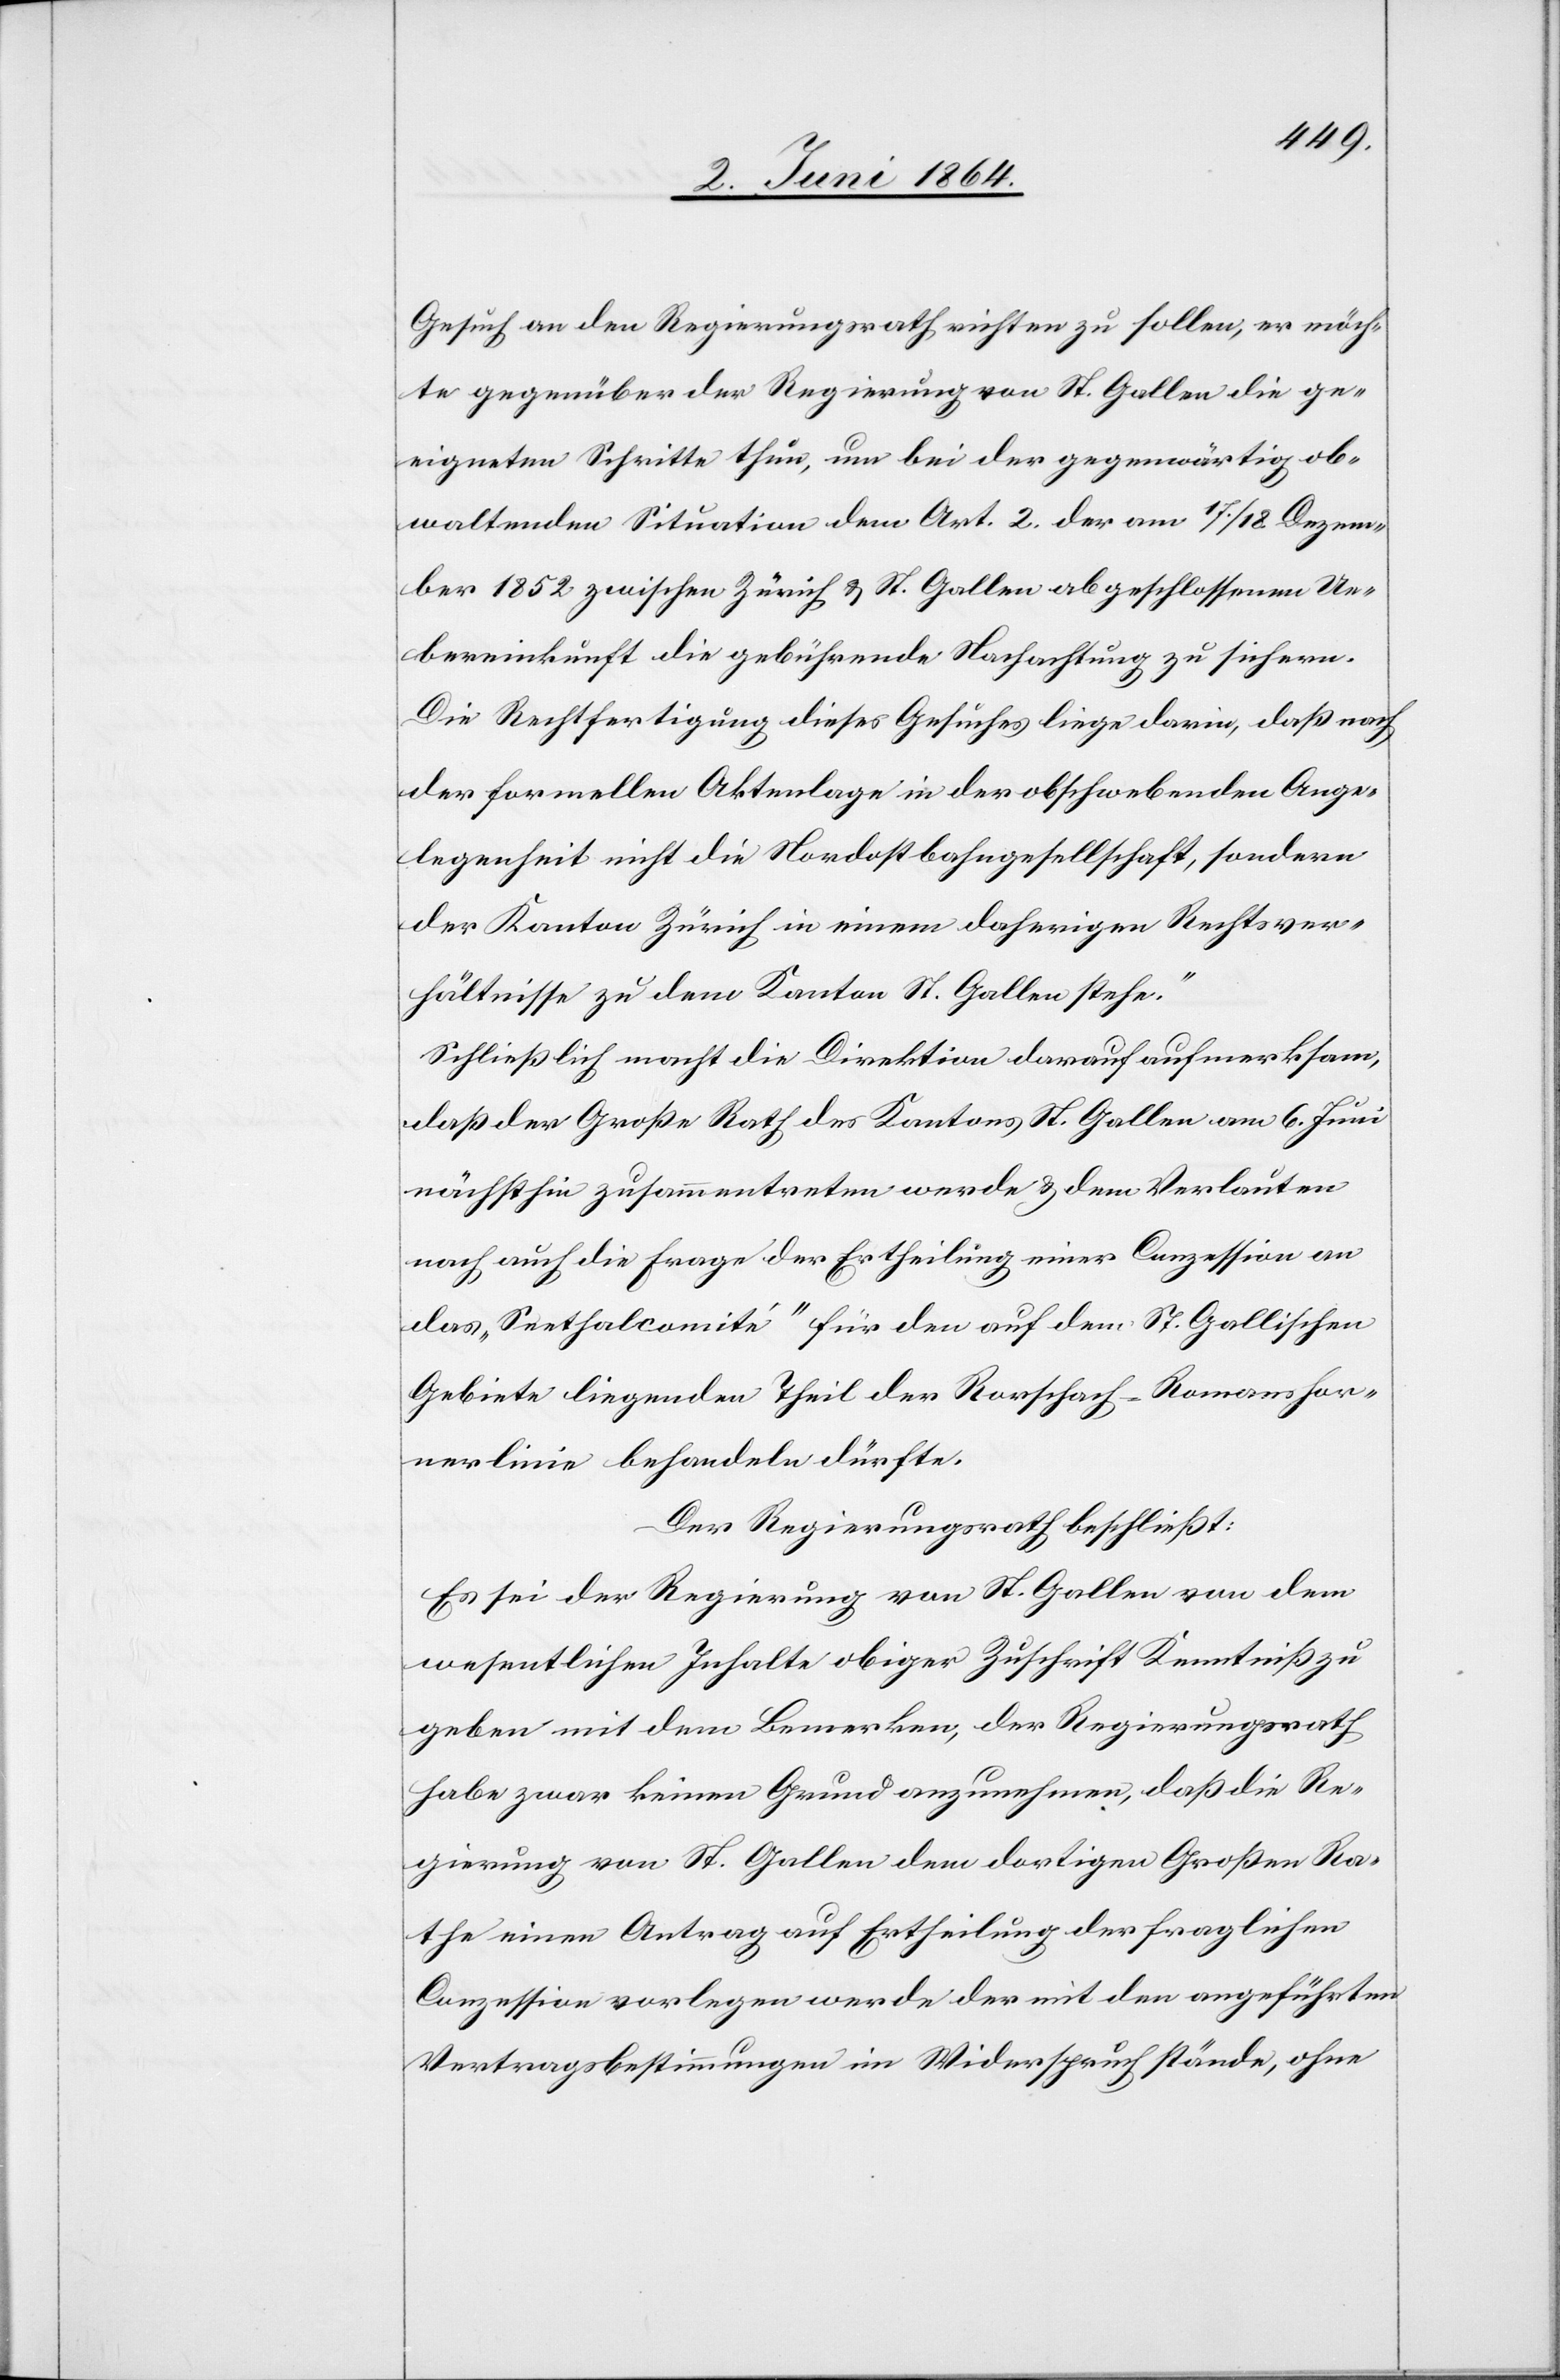
Gesuch an den Regierungsrath richten zu sollen, es möch¬
te gegenüber der Regierung von St. Gallen die ge¬
eigneten Schritte thun, um bei der gegenwärtig ob¬
waltenden Situation dem Art. 2 der am 17./18. Dezem¬
ber 1852 zwischen Zürich u. St. Gallen abgeschlossenen Ue¬
bereinkunft die gebührende Nachachtung zu sichern.
Die Rechtfertigung dieses Gesuches liege darin, daß nach
der formellen Aktenlage in der obschwebenden Ange¬
legenheit nicht die Nordostbahngesellschaft, sondern
der Kanton Zürich in einem daherigen Rechtsver¬
hältnisse zu dem Kanton St. Gallen stehe.“
Schließlich macht die Direktion darauf aufmerksam,
daß der Große Rath des Kantons St. Gallen am 6. Juni
nächsthin zusammentreten werde u. dem Verlauten
nach auch die Frage der Ertheilung einer Conzession an
das „Seethalcomité“ für den auf dem St. Gallischen
Gebiete liegenden Theil der Rorschach–Romanshor¬
nerlinie behandeln dürfte.
Der Regierungsrath beschließt:
Es sei der Regierung von St. Gallen von dem
wesentlichen Inhalte obiger Zuschrift Kenntniß zu
geben mit dem Bemerken, der Regierungsrath
habe zwar keinen Grund anzunehmen, daß die Re¬
gierung von St. Gallen dem dortigen Großen Ra¬
the einen Antrag auf Ertheilung der fraglichen
Conzession vorlegen werde der mit den angeführten
Vertragsbestimmungen im Widerspruch stände, ohne